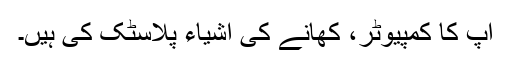
آپ کا کمپیوٹر، کھانے کی اشیاء پلاسٹک کی ہیں۔